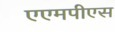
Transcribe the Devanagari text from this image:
एएमपीएस